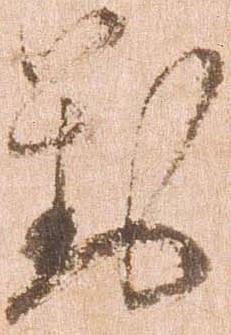
対